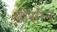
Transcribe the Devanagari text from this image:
वीसीन